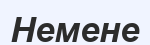
Немене